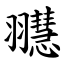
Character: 䎚